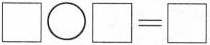
\square\bigcirc\square=\square